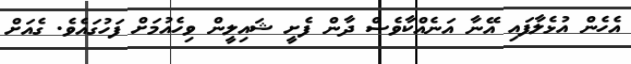
އެހެން އުޅެލާފައި އޭނާ އަނެއްކާވެސް ދާން ފެށީ ޝައިލީން ވިހެއުމަށް ފަހުގައެވެ. ގެއަށް